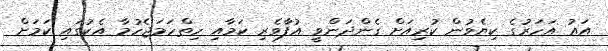
އައު އަހަރުގެ ކިޔެވުން ކުރިއަށް ގެންދަންވީ އުފާވެރި ކަމާއި ހިތްހަމަޖެހުމާ އެކުގައި ކަމަށް